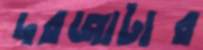
দরজাটার